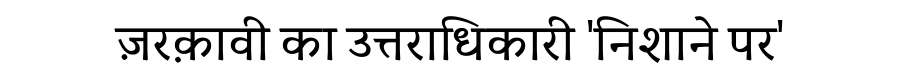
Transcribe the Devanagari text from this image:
ज़रक़ावी का उत्तराधिकारी 'निशाने पर'